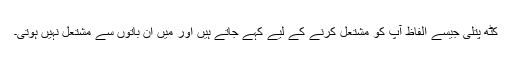
کٹھ پتلی جیسے الفاظ آپ کو مشتعل کرنے کے لیے کہے جاتے ہیں اور میں ان باتوں سے مشتعل نہیں ہوتی۔